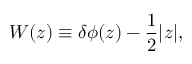
W ( z ) \equiv \delta \phi ( z ) - \frac { 1 } { 2 } | z | ,